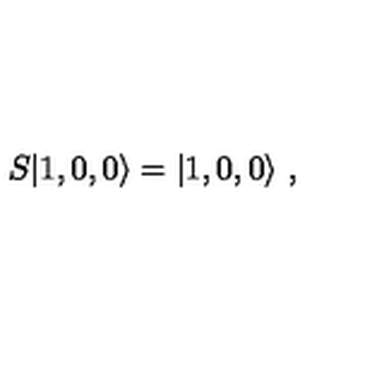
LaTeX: S | 1 , 0 , 0 \rangle = | 1 , 0 , 0 \rangle \ ,